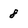
Character: 8